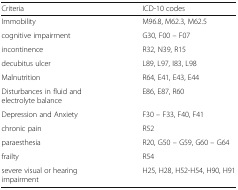
<table><thead><tr><td><b>Criteria</b></td><td><b>ICD-10 codes</b></td></tr></thead><tbody><tr><td>Immobility</td><td>M96.8, M62.3, M62.5</td></tr><tr><td>cognitive impairment</td><td>G30, F00 – F07</td></tr><tr><td>incontinence</td><td>R32, N39, R15</td></tr><tr><td>decubitus ulcer</td><td>L89, L97, I83, L98</td></tr><tr><td>Malnutrition</td><td>R64, E41, E43, E44</td></tr><tr><td>Disturbances in fluid and electrolyte balance</td><td>E86, E87, R60</td></tr><tr><td>Depression and Anxiety</td><td>F30 – F33, F40, F41</td></tr><tr><td>chronic pain</td><td>R52</td></tr><tr><td>paraesthesia</td><td>R20, G50 – G59, G60 – G64</td></tr><tr><td>frailty</td><td>R54</td></tr><tr><td>severe visual or hearing impairment</td><td>H25, H28, H52-H54, H90, H91</td></tr></tbody></table>